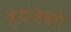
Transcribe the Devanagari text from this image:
व्यंजको